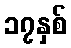
၁၇နှစ်